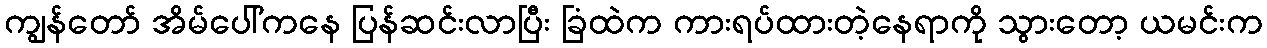
ကျွန်တော် အိမ်ပေါ်ကနေ ပြန်ဆင်းလာပြီး ခြံထဲက ကားရပ်ထားတဲ့နေရာကို သွားတော့ ယမင်းက